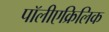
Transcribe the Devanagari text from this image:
पॉलीएक्रिलिक